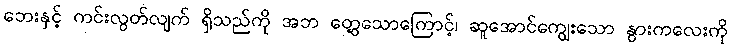
ဘေးနှင့် ကင်းလွတ်လျက် ရှိသည်ကို အဘ တွေ့သောကြောင့်၊ ဆူအောင်ကျွေးသော နွားကလေးကို